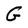
Character: G